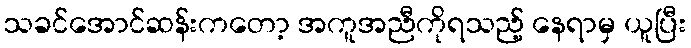
သခင်အောင်ဆန်းကတော့ အကူအညီကိုရသည့် နေရာမှ ယူပြီး